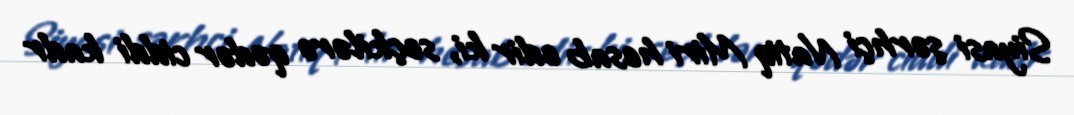
Siyasi şərhçi Natiq Miri hesab edir ki, seçkilərə qədər ciddi kadr